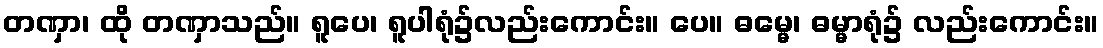
တဏှာ၊ ထို တဏှာသည်။ ရူပေ၊ ရူပါရုံ၌လည်းကောင်း။ ပေ။ ဓမ္မေ၊ ဓမ္မာရုံ၌ လည်းကောင်း။